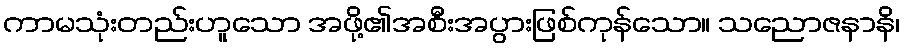
ကာမသုံးတည်းဟူသော အဖို့၏အစီးအပွားဖြစ်ကုန်သော။ သညောဇနာနိ၊